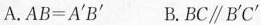
A.AB=A^{ \prime }